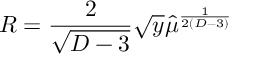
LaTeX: R = { \frac { 2 } { \sqrt { D - 3 } } } \sqrt y \hat { \mu } ^ { \frac { 1 } { 2 ( D - 3 ) } }